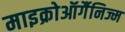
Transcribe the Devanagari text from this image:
माइक्रोऑर्गैनिज्म